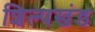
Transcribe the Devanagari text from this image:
शिल्पखंड